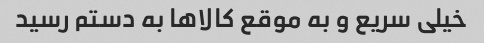
خیلى سریع و به موقع کالا‌ها به دستم رسید